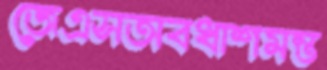
জেএসঅবধাশমন্ত